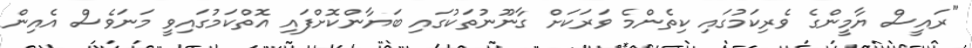
"ރައީސް ޔާމީންގެ ވެރިކަމުގައި ކިތެންމެ ވަރަކަށް ގާނޫނުތަކުގައި ބަޔާންކޮށްފައި އޮތްކަމުގައިވީ މަނަވެސް އެއިން